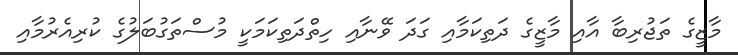
މާޒީގެ ތަޖުރިބާ އާއި މާޒީގެ ދަތިކަމާއި ގަދަ ވޭނާއި ހިތްދަތިކަމަކީ މުސްތަގުބަލުގެ ކުރިއެރުމާއި